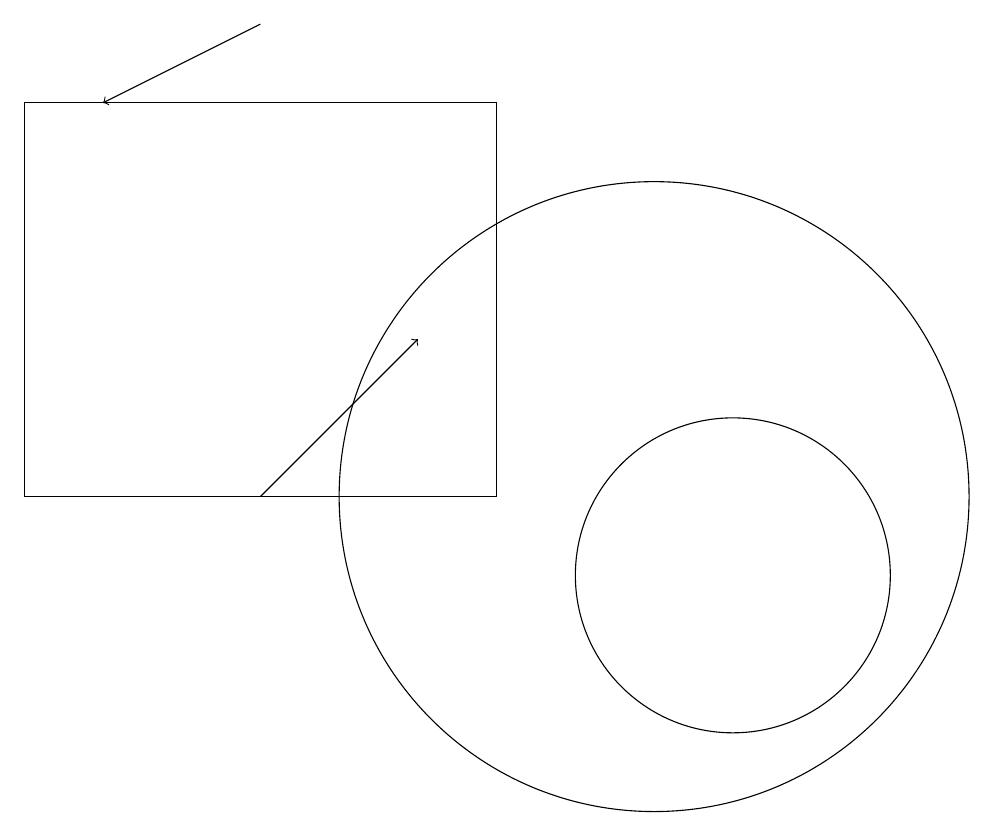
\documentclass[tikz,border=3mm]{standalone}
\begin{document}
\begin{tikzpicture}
\draw (10,12) circle (4);
\draw (11,11) circle (2);
\draw (11,12) circle (0);
\draw[->] (5,12) -- (7,14);
\draw (2,12) rectangle (8,17);
\draw[->] (5,18) -- (3,17);
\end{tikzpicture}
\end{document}